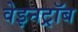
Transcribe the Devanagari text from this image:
वेइनट्रॉब